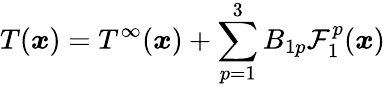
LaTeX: T(\boldsymbol{x})=T^{\infty}(\boldsymbol{x})+\sum_{p=1}^{3}B_{1p}\mathcal{F}_{1}^{p}(\boldsymbol{x})